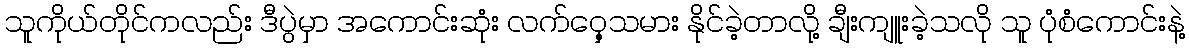
သူကိုယ်တိုင်ကလည်း ဒီပွဲမှာ အကောင်းဆုံး လက်ဝှေ့သမား နိုင်ခဲ့တာလို့ ချီးကျူးခဲ့သလို သူ ပုံစံကောင်းနဲ့